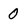
Character: 0